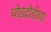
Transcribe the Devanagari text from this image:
घोडदौडीचा